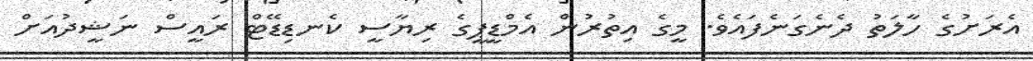
އެރަށުގެ ހާލަތު ދެނެގަނެފައެވެ. މީގެ އިތުރުން އެމްޑީޕީގެ ރިޔާސީ ކެނޑިޑޭޓް ރައީސް ނަޝީދުއަށް